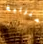
المنزلية